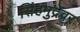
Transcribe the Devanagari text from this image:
सिंहमुद्रेवर